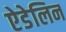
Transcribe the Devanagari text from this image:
ऐडेलिन